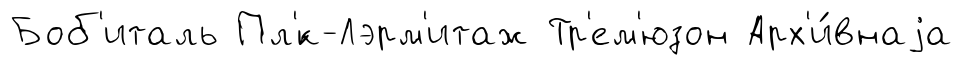
Боб'италь Пл'́к-Лэрм'итаж Тр'ем'юзон Арх'и́внаjа